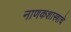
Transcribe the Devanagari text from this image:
नाणकशास्त्राचे